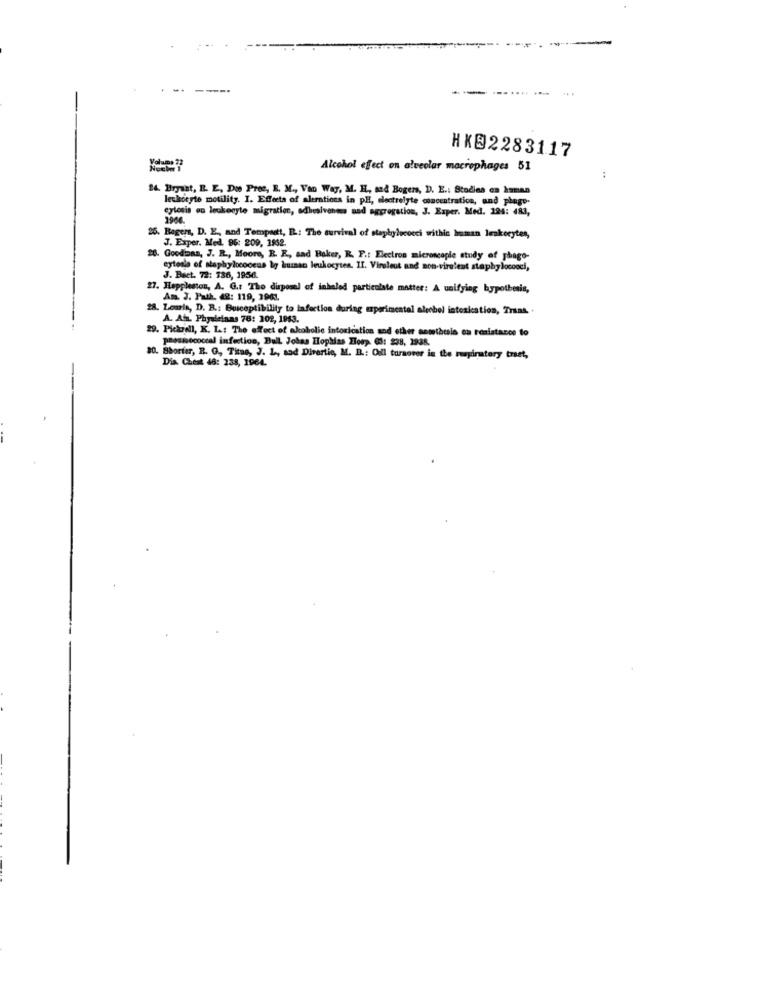
---
HK@2283117
Volume 22
Alcohol effect on alveolar macrophages 51
:
24. Bryant, B. E. Du Pree, E. M ., Van Way, M. H. sad Bogers, D. E .: Studies on human
leukocyte motility. I. Effects of alerations in pH, electrolyte concentration, and phage-
cytosis en leukocyte migration, adhesiveness and aggregation, J. Exper. Med. 224: 483,
1906.
25. Bogens, D. E ., and Tempsett, E .: The survival of staphylococci withic human lenkocytes,
J. Exper. Med. 96: 209, 1952.
28. Goodimas, J. R ., Moore, R. E ., sad Baker, R. F .: Electron microscopie study of phago-
eytodo of staphylococcus by bussso leukocytes. II. Virsleut and non-virulent staphylocooci,
J. Biet. 72: 736, 1956.
27. Heppleston, A. G .: Tho disposal of inhaled particulate matter: A unifying bypotbenis,
Am. J. Path. 48: 119, 3901.
28. Louis, D. B .: Bosceptibility to Infection during mperimental alenbol intoxication, Traat. .
A. Ain. Phyaleinas 76: 102, 1953.
29. Pickrell, K. L: The effect of akobolic intoxication and other antethesis ou tonistance to
pressococcal infection, Bul Johns Hopkins loop. @3: 238, 1938.
Shorter, R. G, Titue, J. L, sad Divertic, M. B .: Odl turaover in the respiratory traet,
Dia. Chest 48: 238, 1964.